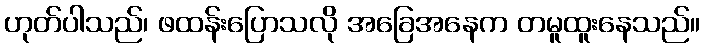
ဟုတ်ပါသည်၊ ဖထန်းပြောသလို အခြေအနေက တမူထူးနေသည်။